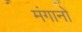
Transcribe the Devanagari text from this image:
मंगानो